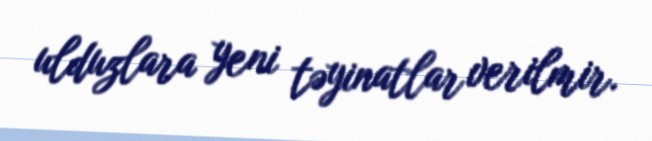
ulduzlara yeni təyinatlar verilmir.